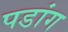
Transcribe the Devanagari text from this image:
पडांग